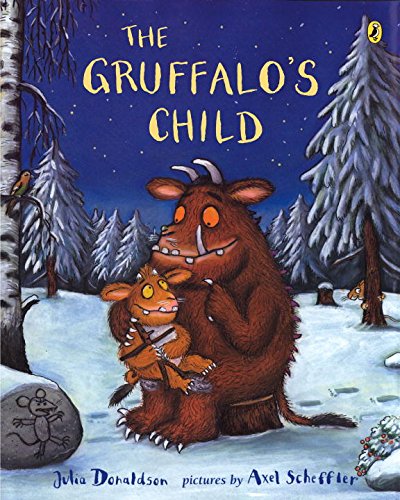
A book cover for The Gruffalo's Child; Julia Donaldson; Children's Books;